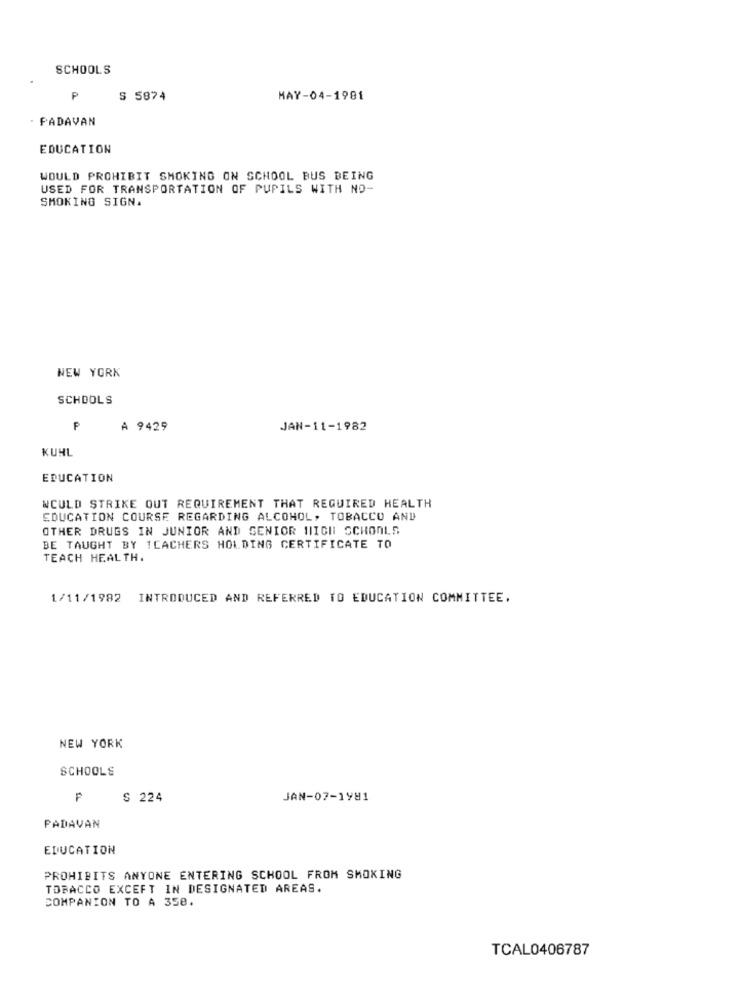
SCHOOLS
P
S 5874
MAY-04-1981
. PADAVAN
EDUCATION
WOULD PROHIBIT SMOKING ON SCHOOL BUS BEING
USED FOR TRANSPORTATION OF PUPILS WITH NO-
SMOKING SIGN.
NEW YORK
SCHOOLS
A 9429
JAN-11-1982
KUHL
EDUCATION
WOULD STRIKE OUT REQUIREMENT THAT REQUIRED HEALTH
EDUCATION COURSE REGARDING ALCOHOL, TOBACCO AND
OTHER DRUGS IN JUNIOR AND SENIOR HIGH SCHOOLS
BE TAUGHT BY 1CACHERS HOLDING CERTIFICATE TO
TEACH HEALTH.
1/11/1982 INTRODUCED AND REFERRED TO EDUCATION COMMITTEE.
NEW YORK
SCHOOLS
S 224
JAN-07-1981
PADAVAN
EDUCATION
PROHIBITS ANYONE ENTERING SCHOOL FROM SMOKING
TOBACCO EXCEFT IN DESIGNATED AREAS.
COMPANION TO A 358.
TCAL0406787